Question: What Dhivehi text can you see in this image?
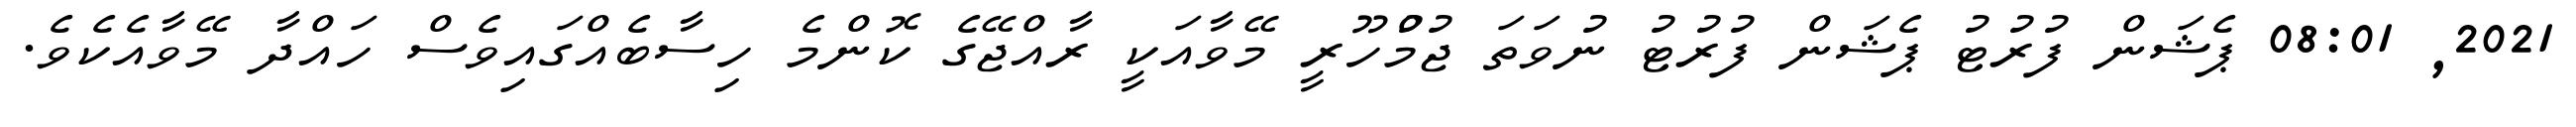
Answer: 2021, 08:01 ޕެޝަން ފުރުޓު ޕެޝަން ފުރުޓު ނުވަތަ ޖުމުްހޫރީ މޭވާއަކީ ރާއްޖޭގެ ކޮންމެ ހިސާބެއްގައިވެސް ހައްދާ މޭވާއެކެވެ.